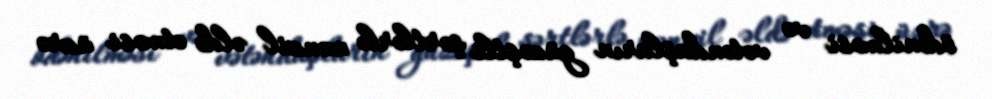
ödənilməsi və vətəndaşların güzəştli şərtlərlə mənzil əldə etməsi üzrə